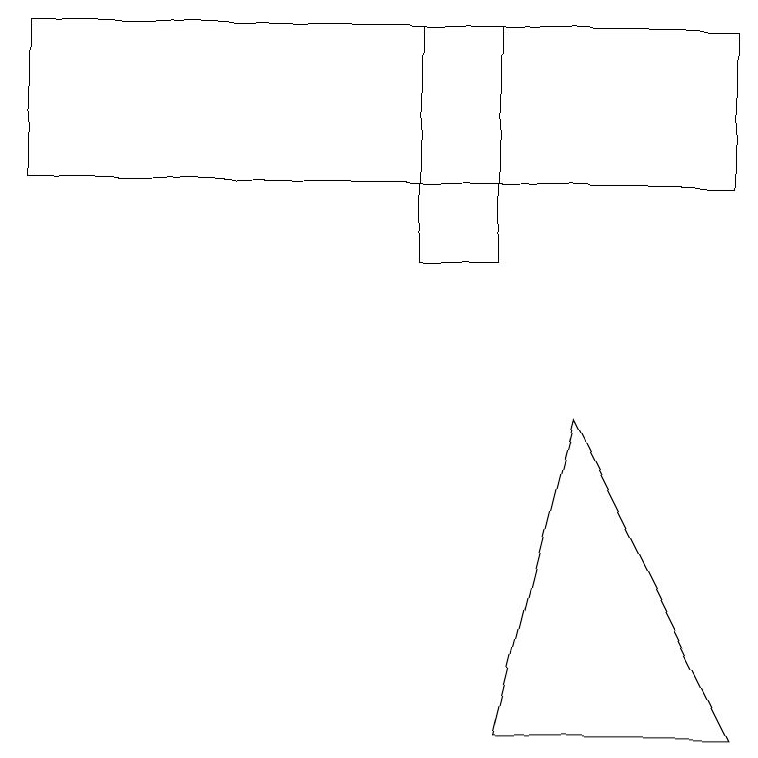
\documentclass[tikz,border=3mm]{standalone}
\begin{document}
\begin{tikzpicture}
\draw (6,14) rectangle (5,11);
\draw (0,14) rectangle (9,12);
\draw (6,5) -- (9,5) -- (7,9) -- cycle;
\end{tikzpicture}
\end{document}